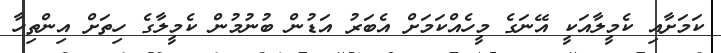
ކަމަށާއި ކެމީލާއަކީ އޭނަގެ މީހެއްކަމަށް އެބަރު އަޑުން ބުނުމުން ކެމީލާގެ ހިތަށް އިންތިހާ